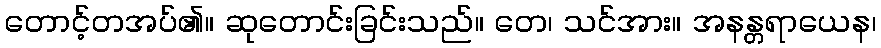
တောင့်တအပ်၏။ ဆုတောင်းခြင်းသည်။ တေ၊ သင်အား။ အနန္တရာယေန၊